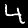
Digit: 4